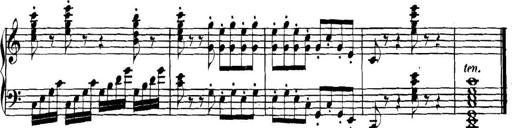
Title: Collected Piano Sonatas
Composer: Muzio Clementi